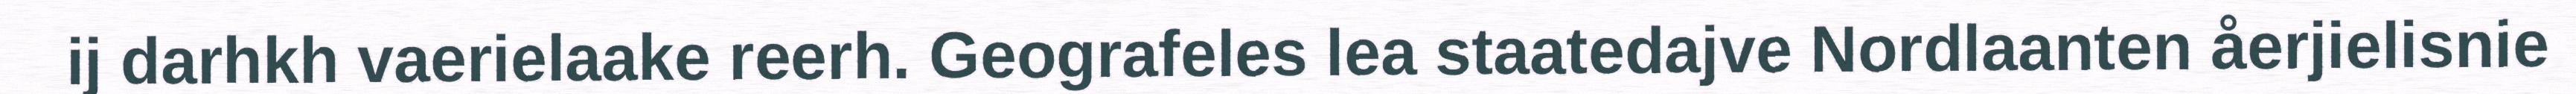
ij darhkh vaerielaake reerh. Geografeles lea staatedajve Nordlaanten åerjielisnie